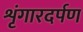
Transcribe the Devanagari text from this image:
शृंगारदर्पण